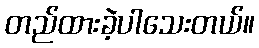
တည်ထားခဲ့ပါသေးတယ်။